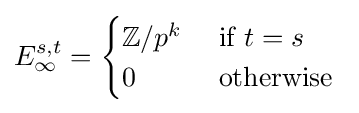
E_{\infty }^{s,t}={\begin{cases}\mathbb {Z} /p^{k}&{\text{ if }}t=s\\0&{\text{ otherwise }}\end{cases}}